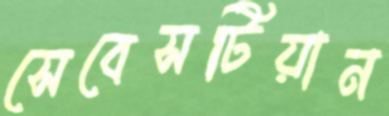
সেবেসটিয়ান